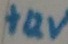
Text: +12V